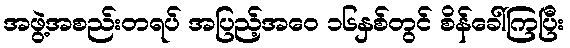
အဖွဲ့အစည်းတရပ် အပြည့်အဝေ ၁၆နှစ်တွင် စိန်ခေါ်ကြပြီး